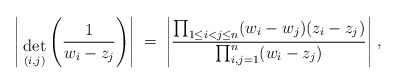
\begin{align*}\Bigg| { \; \atop { \mbox{det} \atop {\scriptstyle (i,j)} } }\Bigg(\frac{1}{w_i - z_j} \Bigg) \Bigg| \; = \;\Bigg|\frac{\prod_{1 \leq i < j \leq n} (w_i - w_j )( z_i - z_j ) }{\prod_{i,j = 1}^n ( w_i - z_j ) } \Bigg| \; ,\end{align*}